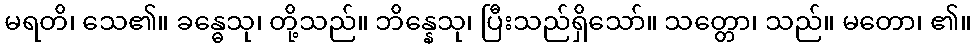
မရတိ၊ သေ၏။ ခန္ဓေသု၊ တို့သည်။ ဘိန္နေသု၊ ပြီးသည်ရှိသော်။ သတ္တော၊ သည်။ မတော၊ ၏။